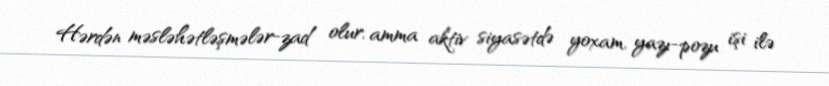
Hərdən məsləhətləşmələr-zad olur, amma aktiv siyasətdə yoxam, yazı-pozu işi ilə